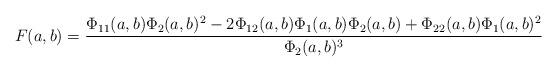
LaTeX: \begin{align*}F(a,b) = \frac{\Phi_{11}(a,b)\Phi_2(a,b)^2-2\Phi_{12}(a,b)\Phi_1(a,b)\Phi_2(a,b)+\Phi_{22}(a,b)\Phi_1(a,b)^2}{\Phi_2(a,b)^3}\end{align*}